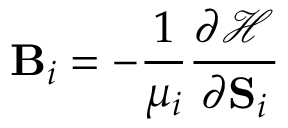
\mathbf { B } _ { i } = - \frac { 1 } { \mu _ { i } } \frac { \partial \mathscr { H } } { \partial \mathbf { S } _ { i } }